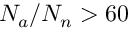
N _ { a } / N _ { n } > 6 0